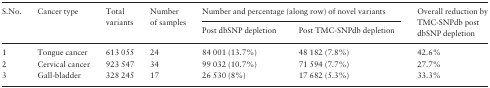
| <ROWSPAN=2> S.No. | <ROWSPAN=2> Cancer type | <ROWSPAN=2> Total variants | <ROWSPAN=2> Number of samples | <COLSPAN=2> Number and percentage (along row) of novel variants | <ROWSPAN=2> Overall reduction by TMC-SNPdb post dbSNP depletion |
 | Post dbSNP depletion | Post TMC-SNPdb depletion |
 | --- | --- | --- | --- | --- | --- | --- |
 | 1 | Tongue cancer | 613 055 | 24 | 84 001 (13.7%) | 48 182 (7.8%) | 42.6% |
 | 2 | Cervical cancer | 923 547 | 34 | 99 032 (10.7%) | 71 594 (7.7%) | 27.7% |
 | 3 | Gall-bladder | 328 245 | 17 | 26 530 (8%) | 17 682 (5.3%) | 33.3% |